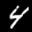
Label: 4